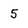
Character: 5